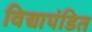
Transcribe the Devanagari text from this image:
विद्यापंडित